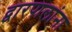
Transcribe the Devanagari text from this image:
द्वारपालांना